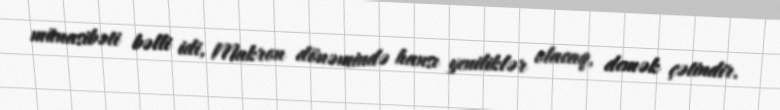
münasibəti bəlli idi, Makron dönəmində hansı yeniliklər olacaq, demək çətindir.